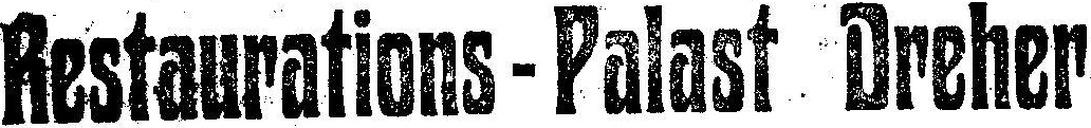
Restaurations-Palast Dreher